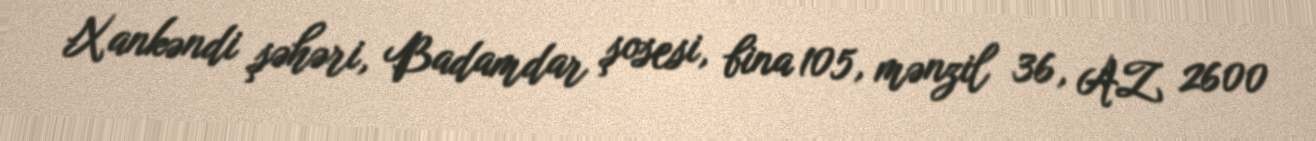
Xankəndi şəhəri, Badamdar şosesi, bina 105, mənzil 36, AZ 2600